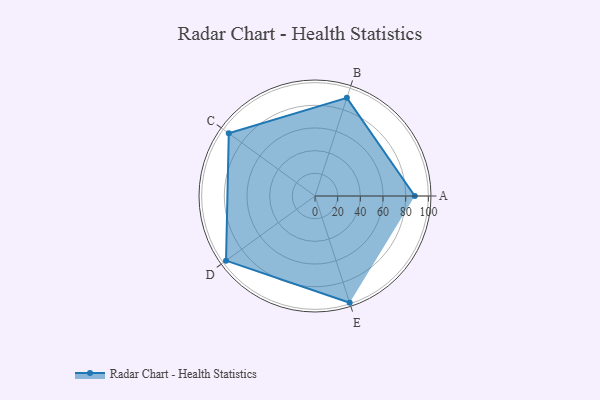
{"axis": {"x": "Skill", "y": "Score"}, "legend": ["Profile"], "data": [{"x": "A", "y": 88.0, "type": "Profile"}, {"x": "B", "y": 91.0, "type": "Profile"}, {"x": "C", "y": 94.0, "type": "Profile"}, {"x": "D", "y": 97.0, "type": "Profile"}, {"x": "E", "y": 99, "type": "Profile"}]}